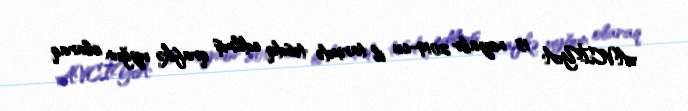
AVCİYA 15 noyabr 2019-cu il tarixdə təsdiq edilmiş qrafikə uyğun olaraq